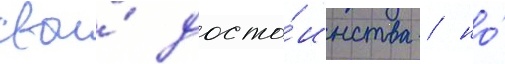
свои́ досто́инства / но́